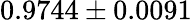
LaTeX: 0.9744\pm 0.0091